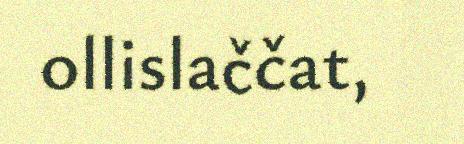
ollislaččat,